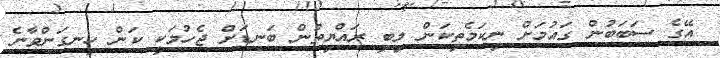
އޭގެ ސަބަބުން ގައުމަށް ނިކަމެތިކަން ލިބި ރައްޔިތުން ބަނޑަށް ޖެހުމަކީ ކަން ހިނގަންވާނެ